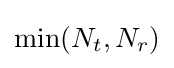
\min(N_{t},N_{r})